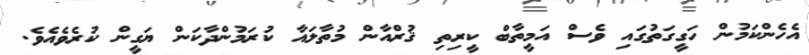
އެހެންކަމުން ހަގީގަތުގައި ވެސް އަމީތާބް ކީރިތި ޤުރްއާން މުތާލައާ ކުރަމުންދާކަން ޔަގީން ކުރެވެއެވެ.